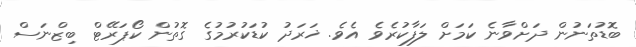
ބޮޑުތަނުން ދަށްވާނެ ކަމަށް ލަފާކުރެވެ އެވެ. ޚަރަދު ކުޑަކުރުމުގެ ގޮތުން ކޯޕަރޭޓް ބިޒްނަސް